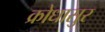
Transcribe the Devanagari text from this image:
क्रोधासुर